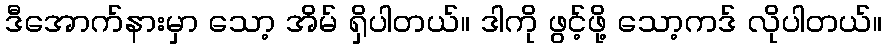
ဒီအောက်နားမှာ သော့ အိမ် ရှိပါတယ်။ ဒါကို ဖွင့်ဖို့ သော့ကဒ် လိုပါတယ်။